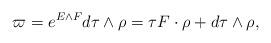
LaTeX: \begin{align*}\varpi = e^{E\wedge F}d\tau\wedge \rho = \tau F\cdot \rho + d\tau \wedge \rho,\end{align*}